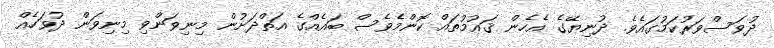
ދުވަސްވަރުކަމުގައެވެ. ދުނިޔޭގެ އެހެން ޤައުމުތައް ކޮންމެވެސް ބައެއްގެ އަތްދަށުން މިނިވަންވި މިނިވަން ދުވަހެއް